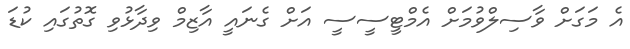
އެ މަގަށް ވާސިލްވުމަށް އެމްޓީސީސީ އަށް ގެނައީ އާޒިމް ވިދާޅުވި ގޮތުގައި ކުޑަ